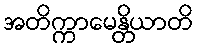
အတိက္ကာမေန္တိယာတိ